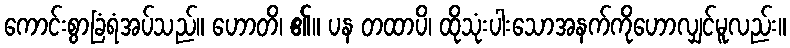
ကောင်းစွာခြံရံအပ်သည်။ ဟောတိ၊ ၏။ ပန တထာပိ၊ ထိုသုံးပါးသောအနက်ကိုဟောလျှင်မူလည်း။